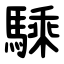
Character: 騬